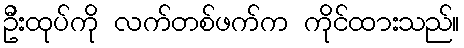
ဦးထုပ်ကို လက်တစ်ဖက်က ကိုင်ထားသည်။